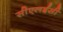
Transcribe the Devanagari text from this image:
सीएलईसी